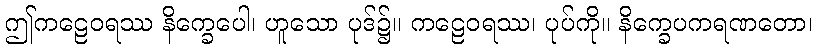
ဤကဠေဝရဿ နိက္ခေပေါ၊ ဟူသော ပုဒ်၌။ ကဠေဝရဿ၊ ပုပ်ကို။ နိက္ခေပကရဏတော၊